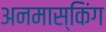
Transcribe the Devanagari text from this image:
अनमास्किंग